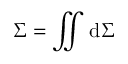
\Sigma = \iint \mathrm { d } \Sigma